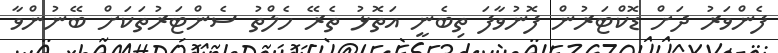
ފެންވަރު ދަށް ޑޮކްޓަރުން ފޮނުވާފަ ތިބެނީ އަތޮޅު ތެރޭ ހެލްތު ސެންޓަރުތަކަށް ބޭނުންވާ